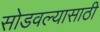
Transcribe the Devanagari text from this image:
सोडवल्यासाठी